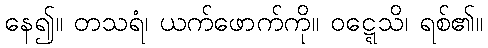
နေ၍။ တသရံ၊ ယက်ဖောက်ကို။ ဝဋ္ဋေသိ၊ ရစ်၏။